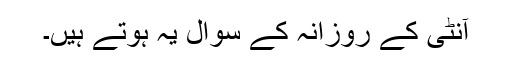
آنٹی کے روزانہ کے سوال یہ ہوتے ہیں۔